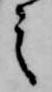
之